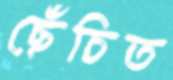
ছেঁচিত